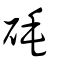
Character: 𥐽